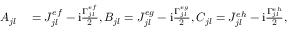
\begin{array} { r l } { A _ { j l } } & { { } = J _ { j l } ^ { e f } - \mathrm { i } \frac { \Gamma _ { j l } ^ { e f } } { 2 } , B _ { j l } = J _ { j l } ^ { e g } - \mathrm { i } \frac { \Gamma _ { j l } ^ { e g } } { 2 } , C _ { j l } = J _ { j l } ^ { e h } - \mathrm { i } \frac { \Gamma _ { j l } ^ { e h } } { 2 } , } \end{array}